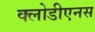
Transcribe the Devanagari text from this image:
क्लोडीएनस